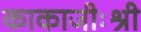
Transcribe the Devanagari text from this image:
काकाजीःश्री